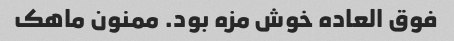
فوق العاده خوش مزه بود. ممنون ماهک